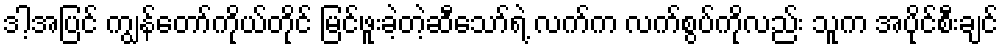
ဒါ့အပြင် ကျွန်တော်ကိုယ်တိုင် မြင်ဖူးခဲ့တဲ့ဆီသော်ရဲ့ လက်က လက်စွပ်ကိုလည်း သူက အပိုင်စီးချင်